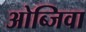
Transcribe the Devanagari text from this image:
ओब्जिवा